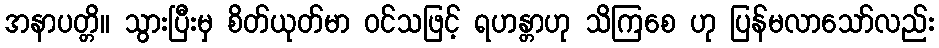
အနာပတ္တိ။ သွားပြီးမှ စိတ်ယုတ်မာ ဝင်သဖြင့် ရဟန္တာဟု သိကြစေ ဟု ပြန်မလာသော်လည်း